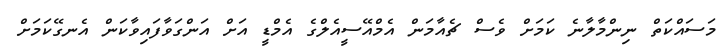
މަސައްކަތް ނިންމާލާނެ ކަމަށް ވެސް ޗެއާމަން އެމްއޭސީއެލްގެ އެމްޑީ އަށް އަންގަވާފައިވާކަން އެނގޭކަމަށް